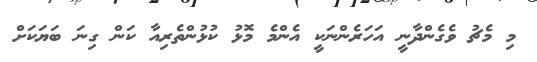
މި މެޗު ވެގެންދާނީ އަހަރެންނަކީ އެންމެ މޮޅު ކުޅުންތެރިއާ ކަން ގިނަ ބަޔަކަށް